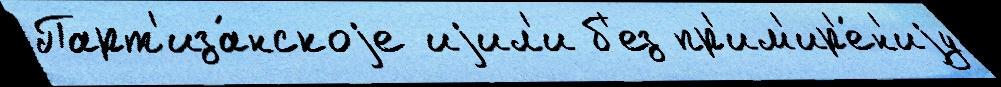
Парт'иза́нскоjе иjил'и б'ез пр'им'ир'е́н'иjу